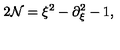
2 { \cal N } = \xi ^ { 2 } - \partial _ { \xi } ^ { 2 } - 1 ,